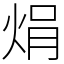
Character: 焆